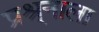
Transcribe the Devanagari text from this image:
प्रश्र्नाला